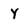
Character: Y